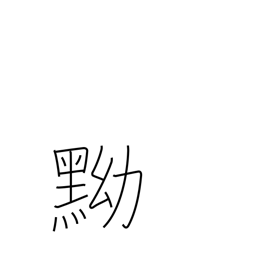
Meaning: black